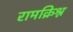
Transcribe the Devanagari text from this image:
रामक्रिश्न